Indian journal of veterinary science and animal husbandry - Volume 9,
Year: 1939
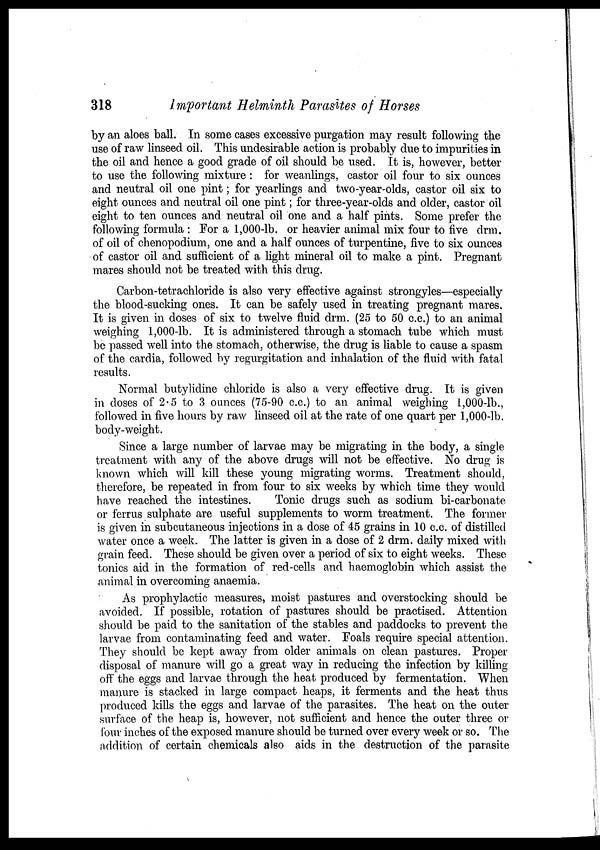
318
Important Helminth Parasites of Horses
by an aloes ball. In some cases excessive purgation may result following the
use of raw linseed oil. This undesirable action is probably due to impurities in
the oil and hence a good grade of oil should be used. It is, however, better
to use the following mixture: for weanlings, castor oil four to six ounces
and neutral oil one pint; for yearlings and two-year-olds, castor oil six to
eight ounces and neutral oil one pint; for three-year-olds and older, castor oil
eight to ten ounces and neutral oil one and a half pints. Some prefer the
following formula : For a 1,000-lb. or heavier animal mix four to five drm.
of oil of chenopodium, one and a half ounces of turpentine, five to six ounces
of castor oil and sufficient of a light mineral oil to make a pint. Pregnant
mares should not be treated with this drug.
Carbon-tetrachloride is also very effective against strongyles—especially
the blood-sucking ones. It can be safely used in treating pregnant mares.
It is given in doses of six to twelve fluid drm. (25 to 50 c.c.) to an animal
weighing 1,000-lb. It is administered through a stomach tube which must
be passed well into the stomach, otherwise, the drug is liable to cause a spasm
of the cardia, followed by regurgitation and inhalation of the fluid with fatal
results.
Normal butylidine chloride is also a very effective drug. It is given
in doses of 2.5 to 3 ounces (75-90 c.c.) to an animal weighing 1,000-lb.,
followed in five hours by raw linseed oil at the rate of one quart per 1,000-lb.
body-weight.
Since a large number of larvae may be migrating in the body, a single
treatment with any of the above drugs will not be effective. No drug is
known which will kill these young migrating worms. Treatment should,
therefore, be repeated in from four to six weeks by which time they would
have reached the intestines.
Tonic drugs such as sodium bi-carbonate
or ferrus sulphate are useful supplements to worm treatment. The former
is given in subcutaneous injections in a dose of 45 grains in 10 c.c. of distilled
water once a week. The latter is given in a dose of 2 drm. daily mixed with
grain feed. These should be given over a period of six to eight weeks. These
tonics aid in the formation of red-cells and haemoglobin which assist the
animal in overcoming anaemia.
As prophylactic measures, moist pastures and overstocking should be
avoided. If possible, rotation of pastures should be practised. Attention
should be paid to the sanitation of the stables and paddocks to prevent the
larvae from contaminating feed and water. Foals require special attention.
They should be kept away from older animals on clean pastures. Proper
disposal of manure will go a great way in reducing the infection by killing
off the eggs and larvae through the heat produced by fermentation. When
manure is stacked in large compact heaps, it ferments and the heat thus
produced kills the eggs and larvae of the parasites. The heat on the outer
surface of the heap is, however, not sufficient and hence the outer three or
four inches of the exposed manure should be turned over every week or so. The
addition of certain chemicals also aids in the destruction of the parasite